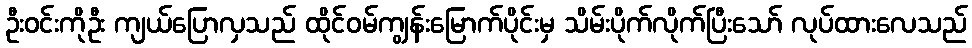
ဦးဝင်းကိုဦး ကျယ်ပြောလှသည် ထိုင်ဝမ်ကျွန်းမြောက်ပိုင်းမှ သိမ်းပိုက်လိုက်ပြီးသော် လုပ်ထားလေသည်